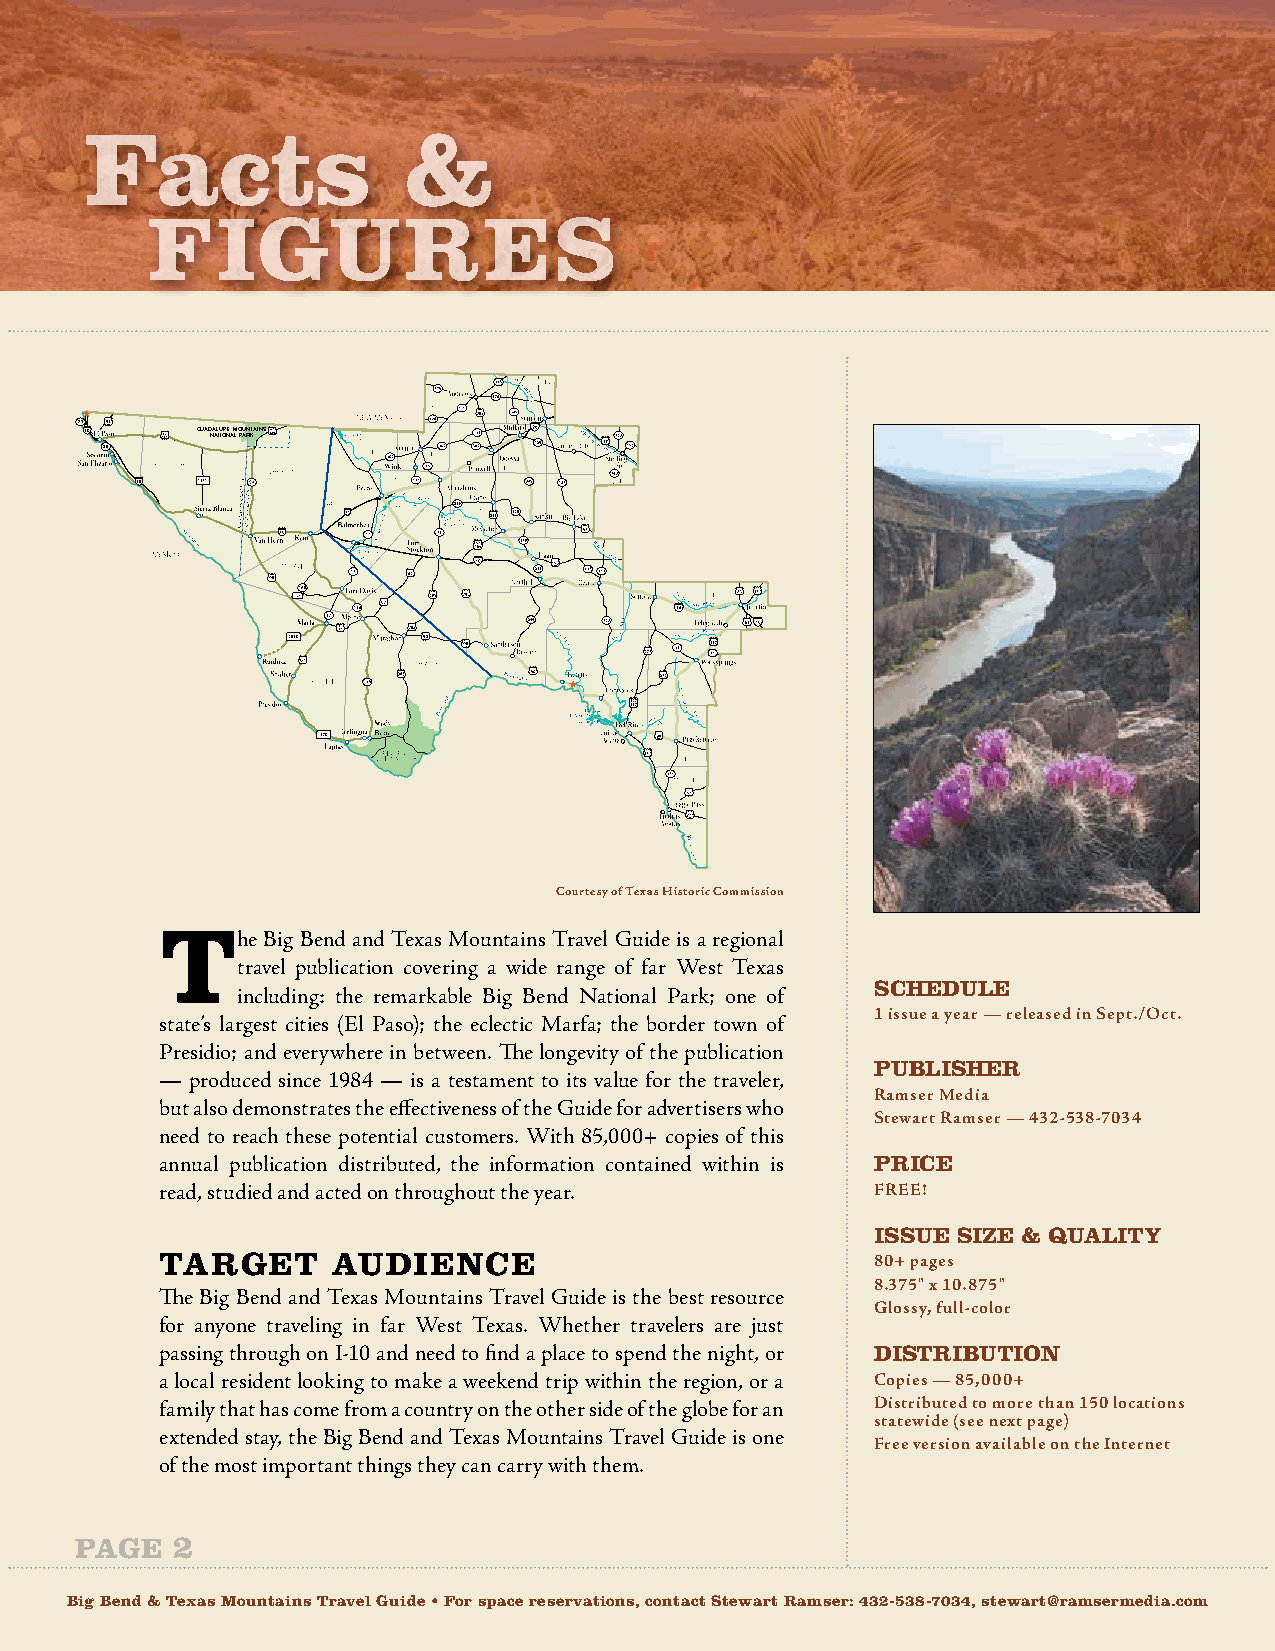
Facts                &
 FiGuReS
 GUADNAALTUIOPNEA ML OPAURNKTAINS
 Courtesy of Texas Historic Commission
 T
 he Big Bend and Texas Mountains Travel Guide is a regional
 travel publication covering a wide range of far West Texas
 ScheduLe
 including: the remarkable Big Bend National Park; one of
 1 issue a year — released in Sept./Oct.
 state’s largest cities (El Paso); the eclectic Marfa; the border town of
 Presidio; and everywhere in between. The longevity of the publication
 PuBLiSheR
 — produced since 1984 — is a testament to its value for the traveler,
 Ramser Media
 but also demonstrates the effectiveness of the Guide for advertisers who
 Stewart Ramser — 432-538-7034
 need to reach these potential customers. With 85,000+ copies of this
 annual publication distributed, the information contained within is PRice
 read, studied and acted on throughout the year. FREE!
 iSSue SiZe & QuaLiTY
 TaRGeT     audience                            80+ pages
 8.375" x 10.875"
 The Big Bend and Texas Mountains Travel Guide is the best resource
 Glossy, full-color
 for anyone traveling in far West Texas. Whether travelers are just
 passing through on I-10 and need to find a place to spend the night, or diSTRiBuTion
 a local resident looking to make a weekend trip within the region, or a Copies — 85,000+
 family that has come from a country on the other side of the globe for an Distributed to more than 150 locations
 statewide (see next page)
 extended stay, the Big Bend and Texas Mountains Travel Guide is one
 Free version available on the Internet
 of the most important things they can carry with them.
 page  2
 Big Bend & Texas Mountains Travel Guide • For space reservations, contact Stewart Ramser: 432-538-7034, stewart@ramsermedia.com